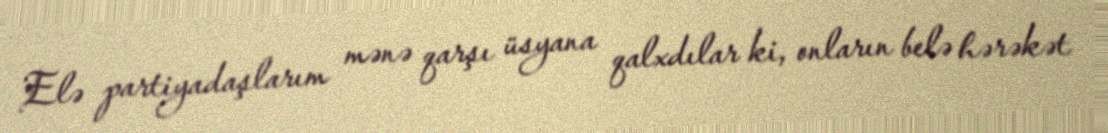
Elə partiyadaşlarım mənə qarşı üsyana qalxdılar ki, onların belə hərəkət